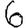
Digit: 6